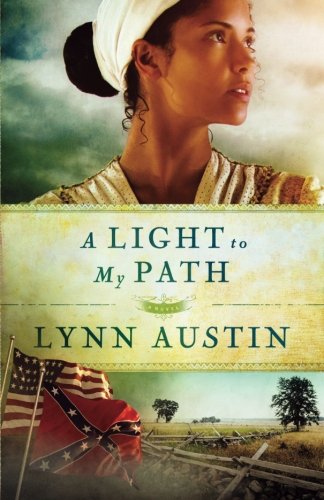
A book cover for A Light to My Path (Refiner's Fire) (Volume 3); Lynn Austin; Romance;